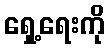
ရှေ့ရေးကို